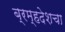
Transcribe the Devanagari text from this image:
ब्रम्हदेशचा